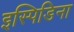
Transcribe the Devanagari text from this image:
इस्पिडिना